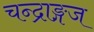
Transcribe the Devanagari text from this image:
चन्द्राङ्गज